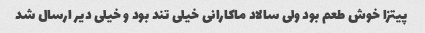
پیتزا خوش طعم بود ولی سالاد ماکارانی خیلی تند بود و خیلی دیر ارسال شد